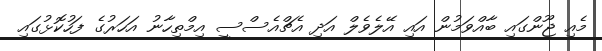
މެއި ޖޫންގައި ބާއްވަމުން އައި އޭލެވެލް އަދި އެޗްއެސްސީ އިމްތިހާނު އަހަރުގެ ފަހުކޮޅުގައި